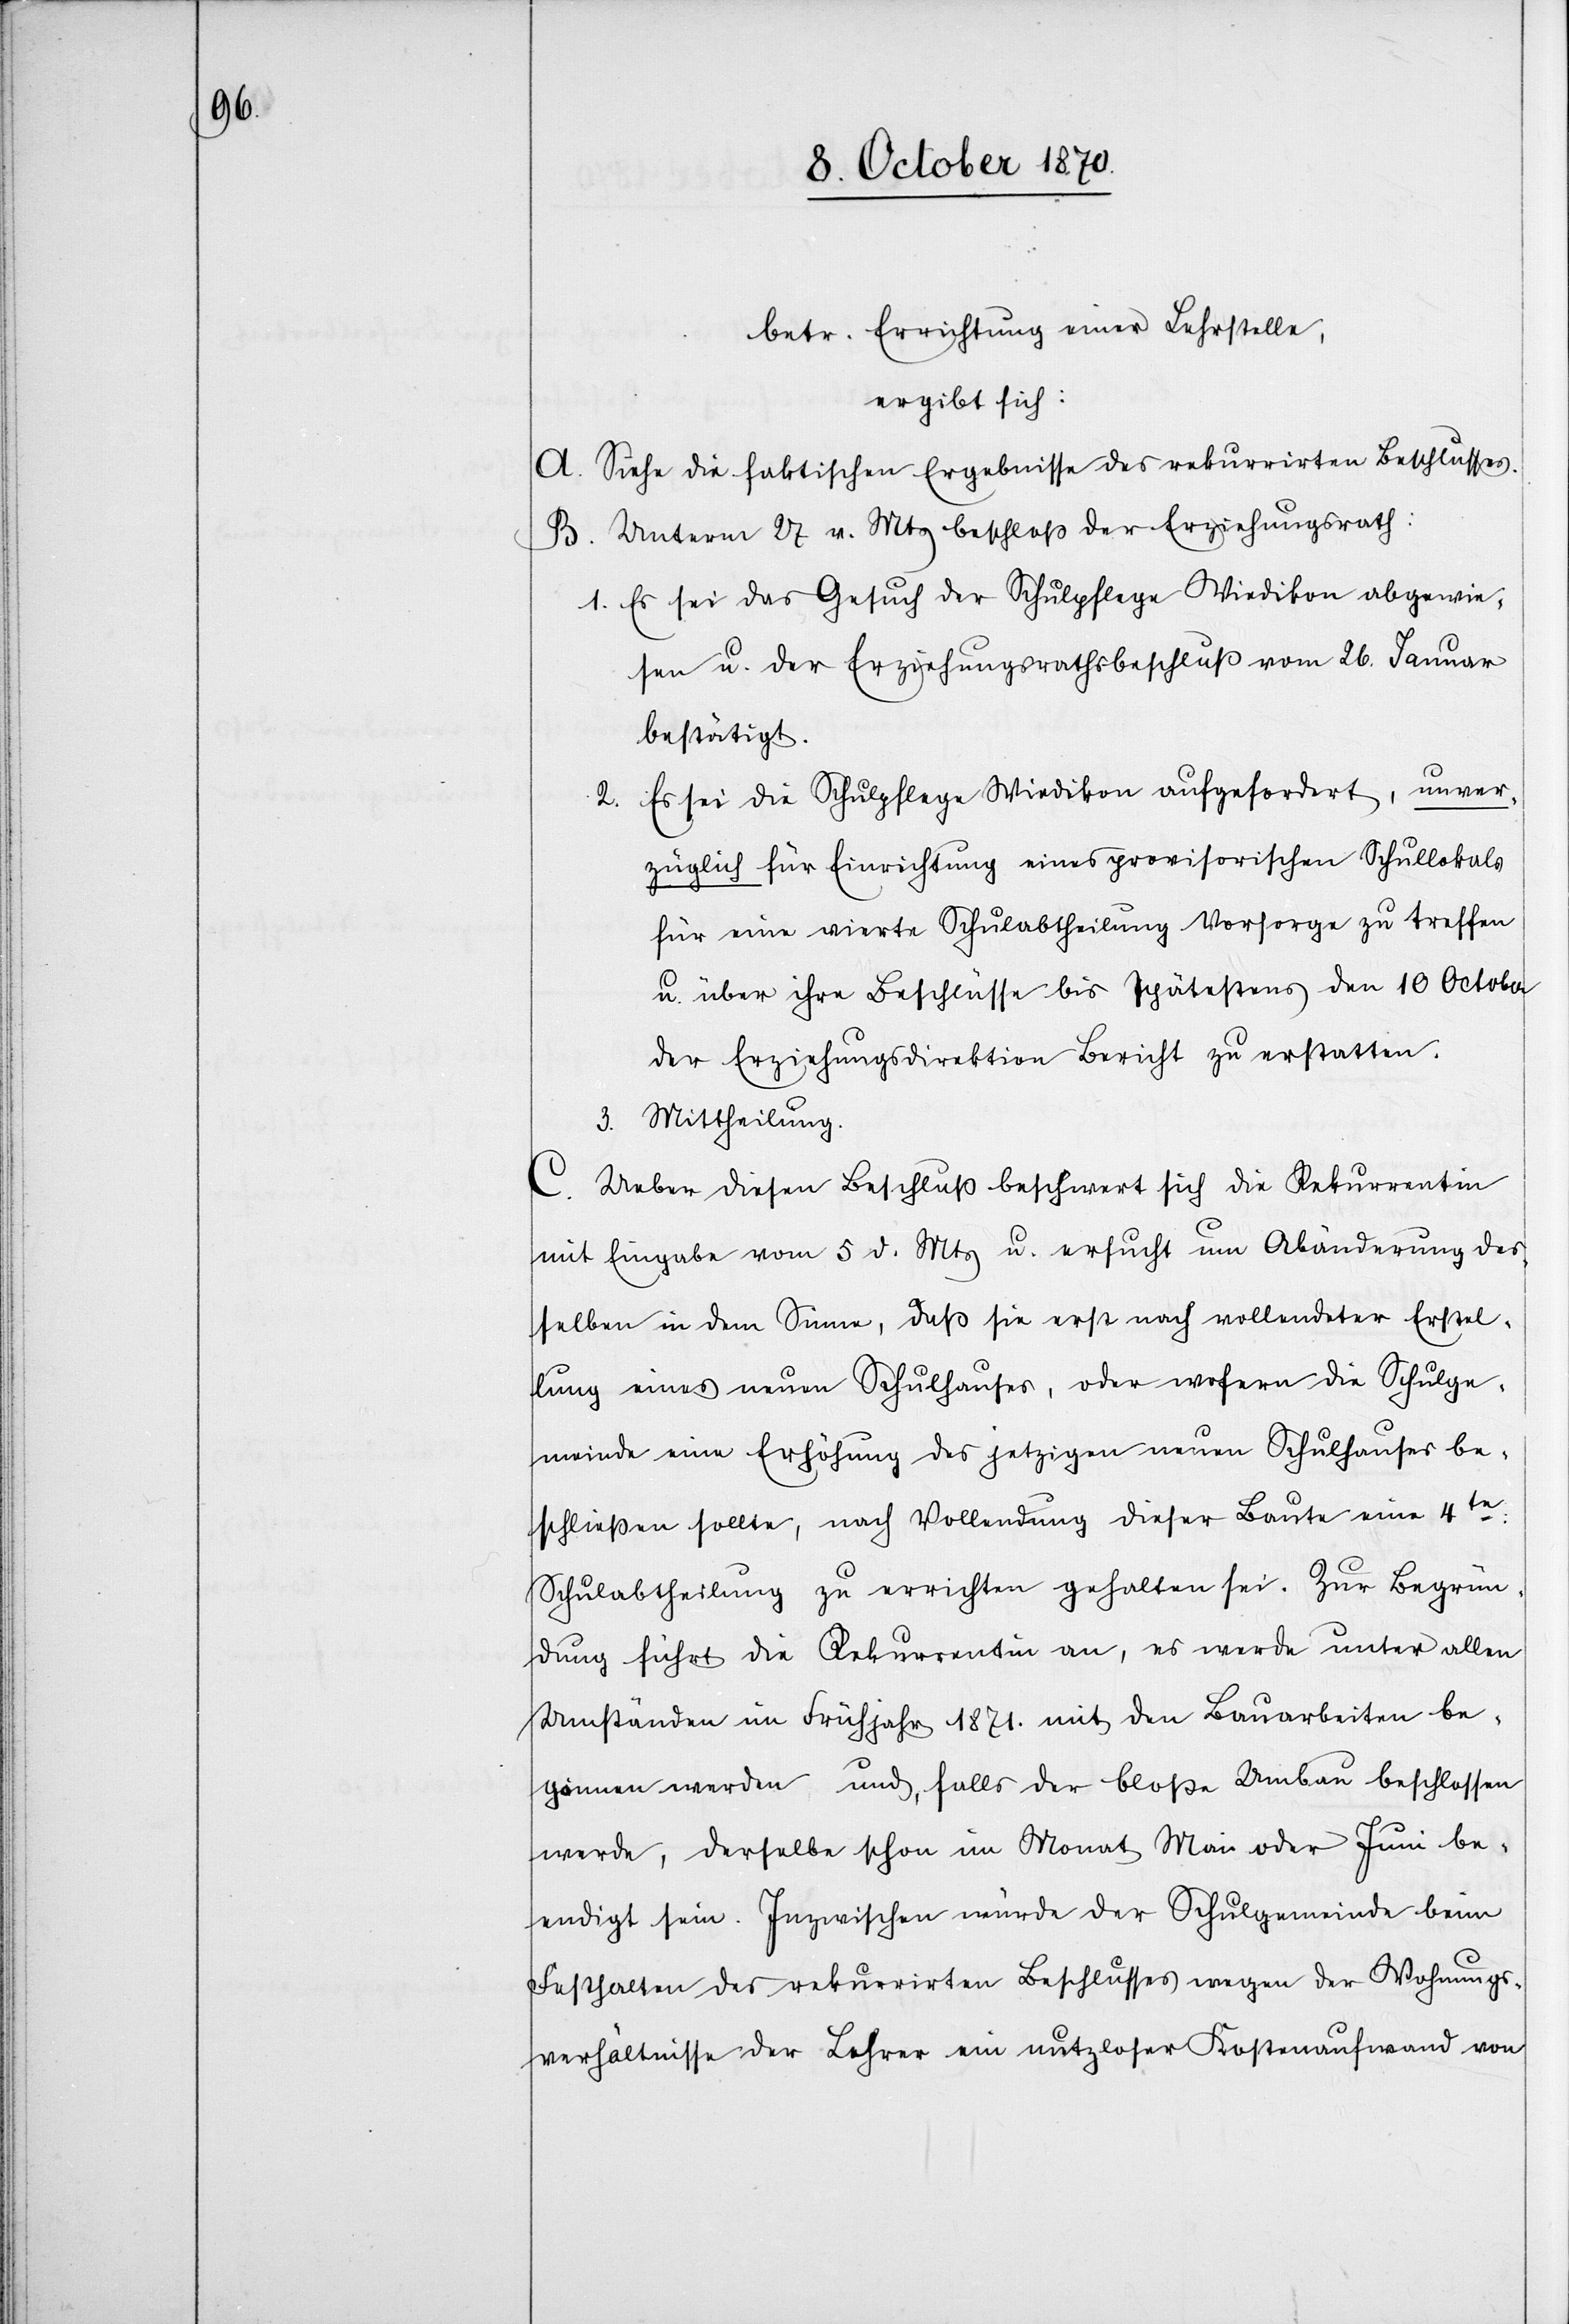
betr. Errichtung einer Lehrstelle,
ergibt sich:
A. Siehe die faktischen Ergebnisse des rekurrirten Beschlusses.
B. Unterm 27. v. Mts beschloß der Erziehungsrath:
1. Es sei das Gesuch der Schulpflege Wiedikon abgewie¬
sen u. der Erziehungsrathsbeschluß vom 26. Januar
bestätigt.
2. Es sei die Schulpflege Wiedikon aufgefordert, unver¬
züglich für Einrichtung eines provisorischen Schullokals
für eine vierte Schulabtheilung Vorsorge zu treffen
u. über ihre Beschlüsse bis spätestens den 10 October
der Erziehungsdirektion Bericht zu erstatten.
3. Mittheilung.
C. Ueber diesen Beschluß beschwert sich die Rekurrentin
mit Eingabe vom 5. d. Mts u. ersucht um Abänderung des¬
selben in dem Sinne, daß sie erst nach vollendeter Erstel¬
lung eines neuen Schulhauses, oder wofern die Schulge¬
meinde eine Erhöhung des jetzigen neuen Schulhauses be¬
schließen sollte, nach Vollendung dieser Baute eine 4te:
Schulabtheilung zu errichten gehalten sei. Zur Begrün¬
dung führt die Rekurrentin an, es werde unter allen
Umständen im Frühjahr 1871. mit den Bauarbeiten be¬
gonnen werden und, falls der bloße Umbau beschlossen
werde, derselbe schon im Monat Mai oder Juni be¬
endigt sein. Inzwischen würde der Schulgemeinde beim
Festhalten des rekurrirten Beschlusses wegen der Wohnungs¬
verhältnisse der Lehrer ein nutzloser Kostenaufwand von